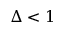
\Delta < 1